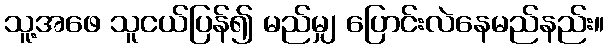
သူ့အဖေ သူငယ်ပြန်၍ မည်မျှ ပြောင်းလဲနေမည်နည်း။